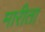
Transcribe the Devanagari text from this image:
मारीता